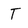
Character: T